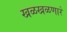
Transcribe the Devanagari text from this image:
खळखळणारे